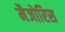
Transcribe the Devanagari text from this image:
मैजोरिस